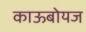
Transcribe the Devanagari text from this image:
काऊबोयज